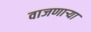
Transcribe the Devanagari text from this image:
वाजणार्‍या